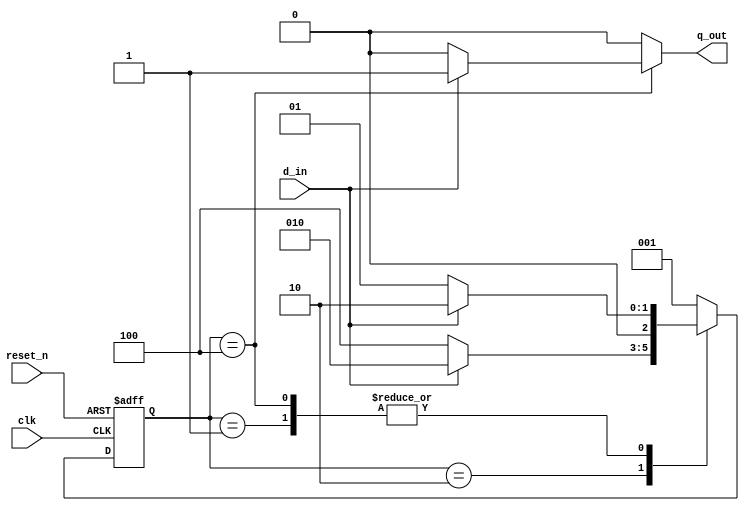
`timescale 1ns / 1ps
//////////////////////////////////////////////////////////////////////////////////
// Company: 
// Engineer: 
// 
// Design Name: 
// Module Name: mealy_101_seq_dect
// Project Name: 
// Target Devices: 
// Tool Versions: 
// Description: 
// 
// Dependencies: 
// 
// Revision:
// Revision 0.01 - File Created
// Additional Comments:
// 
//////////////////////////////////////////////////////////////////////////////////
module mealy_101_seq_dect(
input d_in,
input clk,
input reset_n,
output reg q_out);
reg [2:0] ps,ns;
parameter s0 = 3'b001;
parameter s1 = 3'b010;
parameter s2 = 3'b100;

always @ (posedge clk, negedge reset_n)
begin
    if(!reset_n)
    ps <= s0;
    else
    ps <= ns;
end
always @ *
begin
    case(ps)
    s0:
    begin
    if(d_in)
        ns = s1;
    else
        ns = s0;
    end
    
    s1:
    begin
    if(d_in)
        ns = s1;
    else
        ns = s2;
    end 
    
    s2:
    begin
    if(d_in)
        ns = s1;
    else
        ns = s0;

    end
    default:ns = s0;
    endcase
end
always @ *
begin
    case(ps)
    s0:q_out = 'b0;
    s1:q_out = 'b0;
    s2:
    begin
        if(d_in)
            q_out = 1'b1;
        else
            q_out = 'b0;
    end
    default:q_out = 'b0;
    endcase
end

    
endmodule